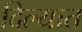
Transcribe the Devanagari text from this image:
दिल्यात